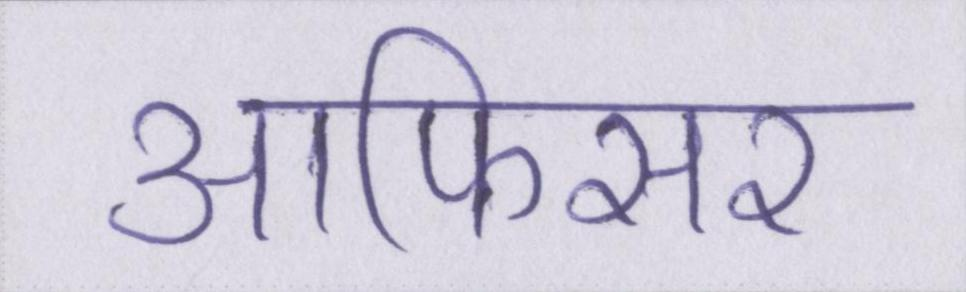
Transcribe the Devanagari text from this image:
आफिसर